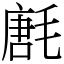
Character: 㲥